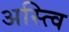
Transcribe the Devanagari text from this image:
अस्त्वि